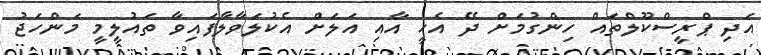
އަދި ޕްރީސްކޫލްތައް ހިންގުމަށް ދޭ އެހީ އާއި އަލަށް އެކުލަވާލާފައިވާ ތައުލީމީ މަންހަޖު